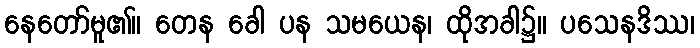
နေတော်မူ၏။ တေန ခေါ ပန သမယေန၊ ထိုအခါ၌။ ပသေနဒိဿ၊